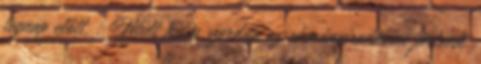
tegnap előtt. : Múlt héten szerdán az okmányirodában jártunk.